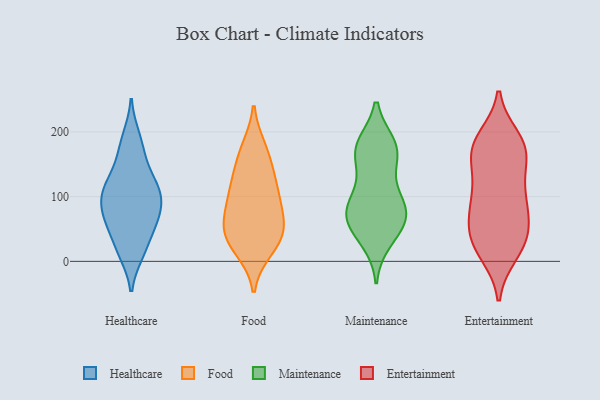
{"axis": {"x": "Website Visitors", "y": "Value"}, "legend": ["Entertainment", "Food", "Healthcare", "Maintenance"], "data": [{"x": "", "y": 18, "type": "Healthcare"}, {"x": "", "y": 104, "type": "Healthcare"}, {"x": "", "y": 110, "type": "Healthcare"}, {"x": "", "y": 101, "type": "Healthcare"}, {"x": "", "y": 115, "type": "Healthcare"}, {"x": "", "y": 13, "type": "Healthcare"}, {"x": "", "y": 140, "type": "Healthcare"}, {"x": "", "y": 67, "type": "Healthcare"}, {"x": "", "y": 192, "type": "Healthcare"}, {"x": "", "y": 55, "type": "Healthcare"}, {"x": "", "y": 60, "type": "Healthcare"}, {"x": "", "y": 80, "type": "Healthcare"}, {"x": "", "y": 168, "type": "Healthcare"}, {"x": "", "y": 104, "type": "Food"}, {"x": "", "y": 30, "type": "Food"}, {"x": "", "y": 164, "type": "Food"}, {"x": "", "y": 20, "type": "Food"}, {"x": "", "y": 63, "type": "Food"}, {"x": "", "y": 48, "type": "Food"}, {"x": "", "y": 173, "type": "Food"}, {"x": "", "y": 37, "type": "Food"}, {"x": "", "y": 59, "type": "Food"}, {"x": "", "y": 134, "type": "Food"}, {"x": "", "y": 111, "type": "Food"}, {"x": "", "y": 94, "type": "Food"}, {"x": "", "y": 172, "type": "Maintenance"}, {"x": "", "y": 88, "type": "Maintenance"}, {"x": "", "y": 65, "type": "Maintenance"}, {"x": "", "y": 180, "type": "Maintenance"}, {"x": "", "y": 164, "type": "Maintenance"}, {"x": "", "y": 96, "type": "Maintenance"}, {"x": "", "y": 76, "type": "Maintenance"}, {"x": "", "y": 178, "type": "Maintenance"}, {"x": "", "y": 65, "type": "Maintenance"}, {"x": "", "y": 85, "type": "Maintenance"}, {"x": "", "y": 173, "type": "Maintenance"}, {"x": "", "y": 43, "type": "Maintenance"}, {"x": "", "y": 64, "type": "Maintenance"}, {"x": "", "y": 129, "type": "Maintenance"}, {"x": "", "y": 32, "type": "Maintenance"}, {"x": "", "y": 13, "type": "Entertainment"}, {"x": "", "y": 50, "type": "Entertainment"}, {"x": "", "y": 166, "type": "Entertainment"}, {"x": "", "y": 189, "type": "Entertainment"}, {"x": "", "y": 173, "type": "Entertainment"}, {"x": "", "y": 177, "type": "Entertainment"}, {"x": "", "y": 113, "type": "Entertainment"}, {"x": "", "y": 94, "type": "Entertainment"}, {"x": "", "y": 46, "type": "Entertainment"}, {"x": "", "y": 20, "type": "Entertainment"}, {"x": "", "y": 101, "type": "Entertainment"}, {"x": "", "y": 69, "type": "Entertainment"}, {"x": "", "y": 179, "type": "Entertainment"}, {"x": "", "y": 67, "type": "Entertainment"}, {"x": "", "y": 30, "type": "Entertainment"}, {"x": "", "y": 105, "type": "Entertainment"}, {"x": "", "y": 175, "type": "Entertainment"}, {"x": "", "y": 150, "type": "Entertainment"}, {"x": "", "y": 25, "type": "Entertainment"}]}